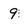
Character: 9